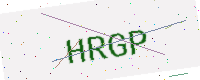
Text: HRGP